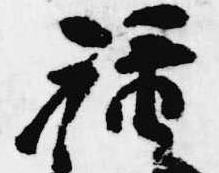
禄